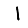
Digit: 1